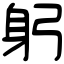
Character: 躬